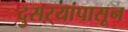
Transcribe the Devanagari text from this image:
दुसऱ्यांपासून